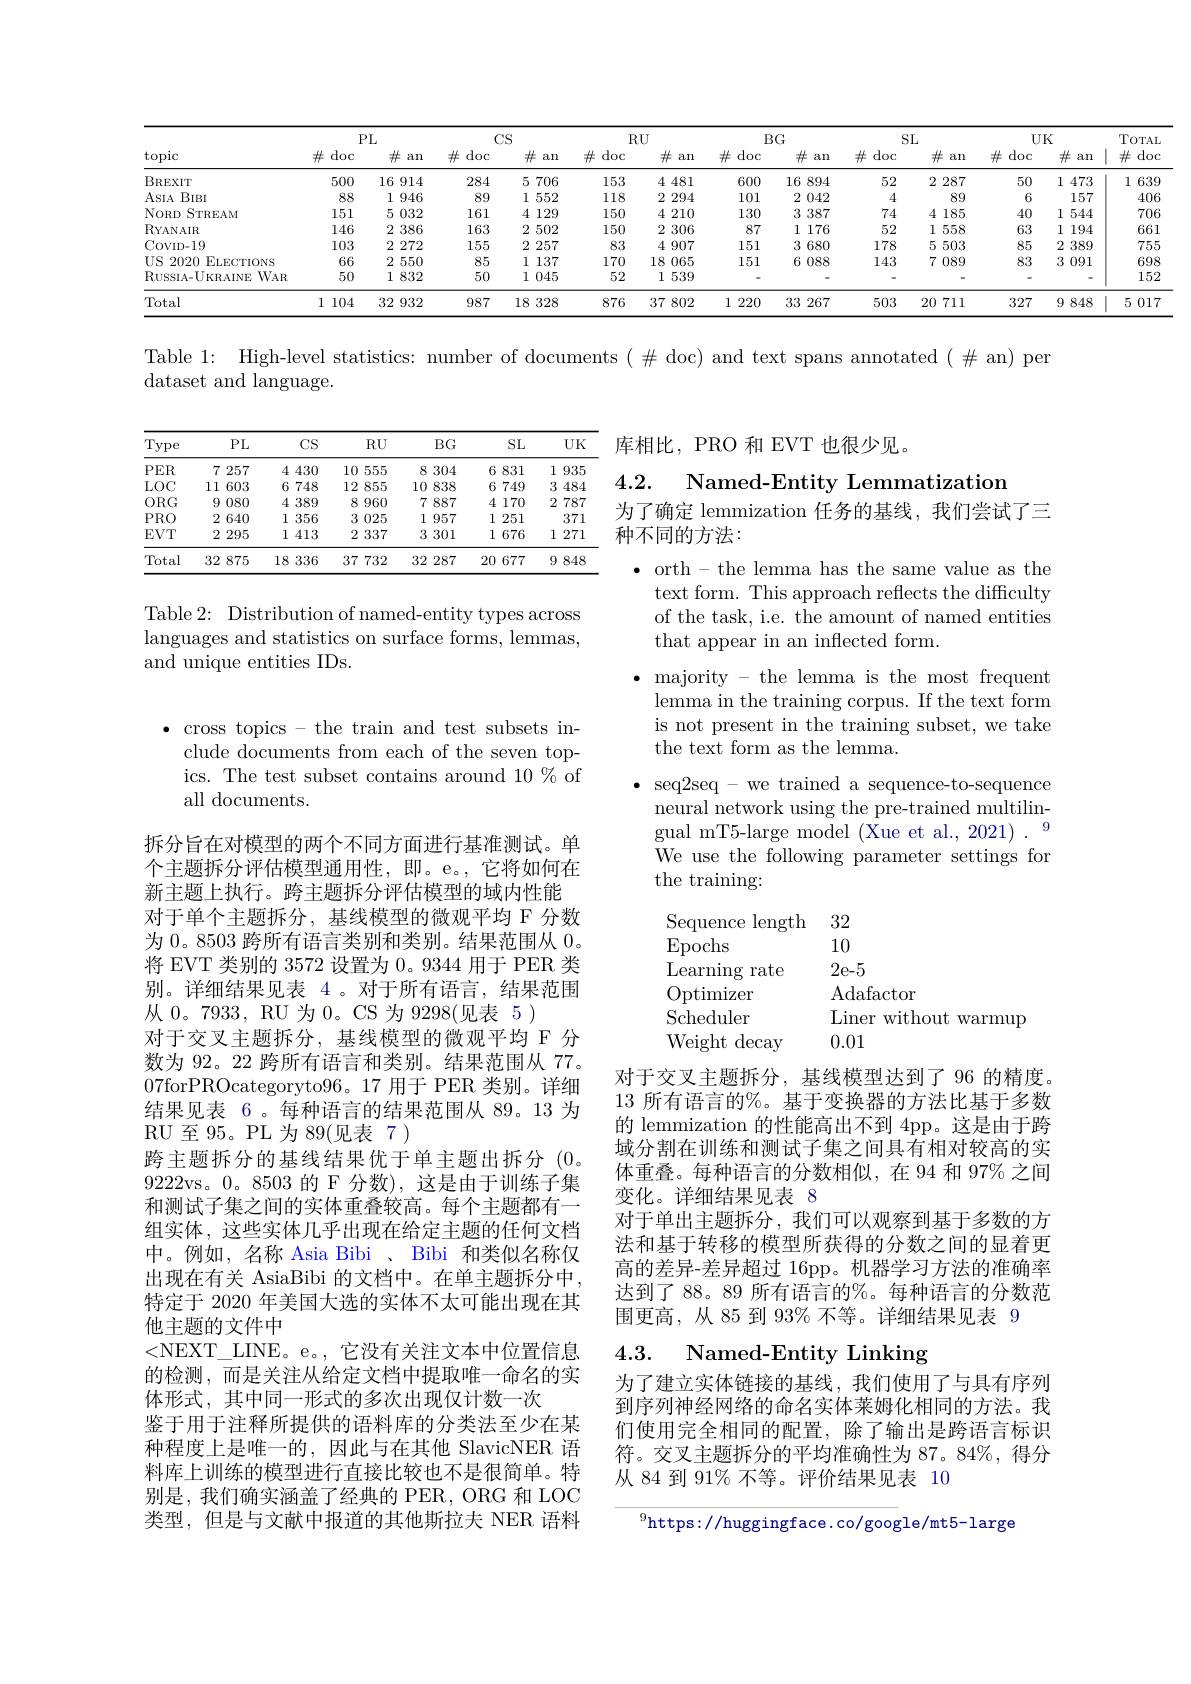
<table>
	<tbody>
		<tr>
			<th rowspan="2">topic</th>
			<th colspan="2">$PL$</th>
			<th colspan="2">$CS$</th>
			<th colspan="2">$RU$</th>
			<th colspan="2">$BG$</th>
			<th colspan="2">SL</th>
			<th colspan="2">$UK$</th>
			<th rowspan="2">TOTAL $\#$doc</th>
		</tr>
		<tr>
			<th>$\#$doc</th>
			<th>$\#$ an</th>
			<th>$\#$doc</th>
			<th>$\#$ an</th>
			<th>$\#$doc</th>
			<th>井 an</th>
			<th>$\#$doc</th>
			<th>$\#$ an</th>
			<th>$\#$doc</th>
			<th>$\#$ an</th>
			<th>$\#$doc</th>
			<th>井 an</th>
		</tr>
		<tr>
			<td>BREXIT</td>
			<td>500</td>
			<td>16914</td>
			<td>284</td>
			<td>5 706</td>
			<td>153</td>
			<td>4481</td>
			<td>600</td>
			<td>16 $\xi$ 894</td>
			<td>52</td>
			<td>2287</td>
			<td>50</td>
			<td>1. 473</td>
			<td>1 639</td>
		</tr>
		<tr>
			<td>$ASIA$ $BIBI$</td>
			<td>88</td>
			<td>1946</td>
			<td>89</td>
			<td>1552</td>
			<td>118</td>
			<td>2294</td>
			<td>101</td>
			<td>2 042</td>
			<td>4</td>
			<td>89</td>
			<td>6</td>
			<td>157</td>
			<td>406</td>
		</tr>
		<tr>
			<td>NoRD STREAM</td>
			<td>151</td>
			<td>5032</td>
			<td>161</td>
			<td>4129</td>
			<td>150</td>
			<td>42 210</td>
			<td>130</td>
			<td>3387</td>
			<td>74</td>
			<td>4185</td>
			<td>40</td>
			<td>1: 544</td>
			<td>706</td>
		</tr>
		<tr>
			<td>RYANAIR</td>
			<td>146</td>
			<td>2 386</td>
			<td>163</td>
			<td>2 502</td>
			<td>150</td>
			<td>2306</td>
			<td>87</td>
			<td>1 176</td>
			<td>52</td>
			<td>1! 558</td>
			<td>63</td>
			<td>1 194</td>
			<td>661</td>
		</tr>
		<tr>
			<td>COVID-19</td>
			<td>103</td>
			<td>2 272</td>
			<td>155</td>
			<td>2 257</td>
			<td>83</td>
			<td>4907</td>
			<td>151</td>
			<td>3680</td>
			<td>178</td>
			<td>5503</td>
			<td>85</td>
			<td>2389</td>
			<td>755</td>
		</tr>
		<tr>
			<td>US 2020 ELECTIONS</td>
			<td>66</td>
			<td>2550</td>
			<td>85</td>
			<td>1 137</td>
			<td>170</td>
			<td>18 ( 065</td>
			<td>151</td>
			<td>6 ( 088</td>
			<td>143</td>
			<td>7089</td>
			<td>83</td>
			<td>3 091</td>
			<td>698</td>
		</tr>
		<tr>
			<td>RussIA-UKRAINE WAR</td>
			<td>50</td>
			<td>1832</td>
			<td>50</td>
			<td>11 045 </td>
			<td>52</td>
			<td>1539</td>
			<td> </td>
			<td> </td>
			<td> </td>
			<td> </td>
			<td> </td>
			<td> </td>
			<td>152</td>
		</tr>
		<tr>
			<td>Total</td>
			<td>1 104</td>
			<td>32 932</td>
			<td>987</td>
			<td>18328</td>
			<td>876</td>
			<td>37 802</td>
			<td>1: 220</td>
			<td>332 267</td>
			<td>503</td>
			<td>20 711</td>
			<td>327</td>
			<td>9848</td>
			<td>5 017</td>
		</tr>
	</tbody>
</table>

Table 1: High-level statistics: number of documents $(\#$ doc) and text spans annotated $(\#$ an) per
dataset and language.

库相比，PRO 和 EVT 也很少见。

<table>
	<tbody>
		<tr>
			<th>Type</th>
			<th>PI</th>
			<th>$CS$</th>
			<th>$RU$</th>
			<th>$BG$</th>
			<th>SL</th>
			<th>UK</th>
		</tr>
		<tr>
			<td>$PER$</td>
			<td>7: 25 </td>
			<td>4430</td>
			<td>10 555 1</td>
			<td>8304</td>
			<td>6831</td>
			<td>1 935</td>
		</tr>
		<tr>
			<td>$LOC$</td>
			<td>11 60:</td>
			<td>6 748</td>
			<td>12 855</td>
			<td>10 838</td>
			<td>6749</td>
			<td>3 484 .</td>
		</tr>
		<tr>
			<td>$ORG$</td>
			<td>9 08(</td>
			<td>4389</td>
			<td>8 960 1 </td>
			<td>7887</td>
			<td>4 170</td>
			<td>2 787</td>
		</tr>
		<tr>
			<td>$PRO$</td>
			<td>2 64(</td>
			<td>1: 356</td>
			<td>3 025</td>
			<td>1 957</td>
			<td>1 251 </td>
			<td>371</td>
		</tr>
		<tr>
			<td>$EVT$</td>
			<td>2 29</td>
			<td>12 413</td>
			<td>2 337</td>
			<td>3301</td>
			<td>1676</td>
			<td>1 271</td>
		</tr>
		<tr>
			<td>Total</td>
			<td>32 87</td>
			<td>18 336</td>
			<td>37732 1 </td>
			<td>32 287 1</td>
			<td>20 677</td>
			<td>9 848</td>
		</tr>
	</tbody>
</table>

## 4.2.
Named-Entity Lemmatization
为了确定 lemmization 任务的基线，我们尝试了三
### 种不同的方法：

Table 2: Distribution of named-entity types across languages and statistics on surface forms, lemmas, and unique entities IDs.

$\bullet$ cross topics - the train and test subsets in-
clude documents from each of the seven topics. The test subset contains around 10 % of all documents.

$\bullet$ orth - the lemma has the same value as the
text form. This approach reflects the difficulty of the task, i.e. the amount of named entities that appear in an inflected form.
$\bullet$ majority - the lemma is the most frequent lemma in the training corpus. If the text form is not present in the training subset, we take the text form as the lemma.
seq2seq- we trained a sequence-to-sequence neural network using the pre-trained multilingual mT5-large model (Xue et al., 2021)
We use the following parameter settings for
the training:
Sequence length 32
10
Epochs
2e-5
Learning rate
Adafactor
Optimizer Scheduler
Liner without warmup
Weight decay
0.01
对于交叉主题拆分，基线模型达到了96 的精度。

拆分旨在对模型的两个不同方面进行基准测试。单个主题拆分评估模型通用性，即。e。,它将如何在新主题上执行。跨主题拆分评估模型的域内性能对于单个主题拆分，基线模型的微观平均 F 分数为 0。8503 跨所有语言类别和类别。结果范围从0。将 EVT 类别的 3572 设置为 0。9344 用于 PER 类别。详细结果见表 4。对于所有语言，结果范围从 0。7933, RU 为 0。CS 为 9298(见表 5)
对于交叉主题拆分，基线模型的微观平均 F 分数为 92。22 跨所有语言和类别。结果范围从 77。07forPROcategoryto96。17 用于 PER 类别。详细结果见表 6。每种语言的结果范围从 89。13 为RU至95。PL为89(见表 7)
跨主题拆分的基线结果优于单主题出拆分(0。9222vs。0。8503 的 F 分数),这是由于训练子集和测试子集之间的实体重叠较高。每个主题都有一组实体，这些实体几乎出现在给定主题的任何文档中。例如，名称 Asia Bibi 、 Bibi 和类似名称仅出现在有关 AsiaBibi 的文档中。在单主题拆分中， 特定于 2020 年美国大选的实体不太可能出现在其他主题的文件中
<NEXT\_LINE。e。,它没有关注文本中位置信息的检测，而是关注从给定文档中提取唯一命名的实体形式，其中同一形式的多次出现仅计数一次
鉴于用于注释所提供的语料库的分类法至少在某种程度上是唯一的，因此与在其他 SlavicNER 语料库上训练的模型进行直接比较也不是很简单。特别是，我们确实涵盖了经典的 PER, ORG 和 LOC 类型，但是与文献中报道的其他斯拉夫 NER 语料

13 所有语言的%。基于变换器的方法比基于多数的 lemmization 的性能高出不到 4pp。这是由于跨域分割在训练和测试子集之间具有相对较高的实体重叠。每种语言的分数相似，在 94 和 97% 之间变化。详细结果见表 8
对于单出主题拆分，我们可以观察到基于多数的方法和基于转移的模型所获得的分数之间的显着更高的差异-差异超过 16pp。机器学习方法的准确率达到了 88。89 所有语言的$\%$。每种语言的分数范围更高，从 85 到 93% 不等。详细结果见表 9
4.3. Named-Entity Linking
为了建立实体链接的基线，我们使用了与具有序列到序列神经网络的命名实体莱姆化相同的方法。我们使用完全相同的配置，除了输出是跨语言标识符。交叉主题拆分的平均准确性为 87。84%, 得分从 84 到 91% 不等。评价结果见表 10

$^{9}$https://huggingface.co/google/mt5-large